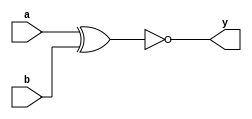
`timescale 1ns / 1ps
//////////////////////////////////////////////////////////////////////////////////
// Company: 
// Engineer: 
// 
// Design Name: 
// Module Name: xnor_gate
// Project Name: 
// Target Devices: 
// Tool Versions: 
// Description: 
// 
// Dependencies: 
// 
// Revision:
// Revision 0.01 - File Created
// Additional Comments:
// 
//////////////////////////////////////////////////////////////////////////////////


module xnor_gate(y,a,b);
input a,b;
output y;
assign y = ~(a^b);
endmodule